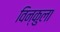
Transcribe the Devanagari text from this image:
विन्कुला